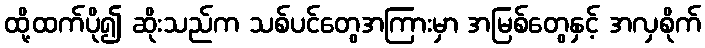
ထို့ထက်ပို၍ ဆိုးသည်က သစ်ပင်တွေအကြားမှာ အမြစ်တွေနှင့် အလှစိုက်